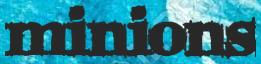
minions